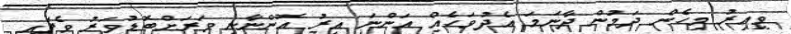
ވީއިރު މިހެން ދަމުން ދާނަމަ އެދުވަހެއް އަންނަ އިރު އޮންނާނީ ވަރަށްބޮޑުވަރު ވެފައި